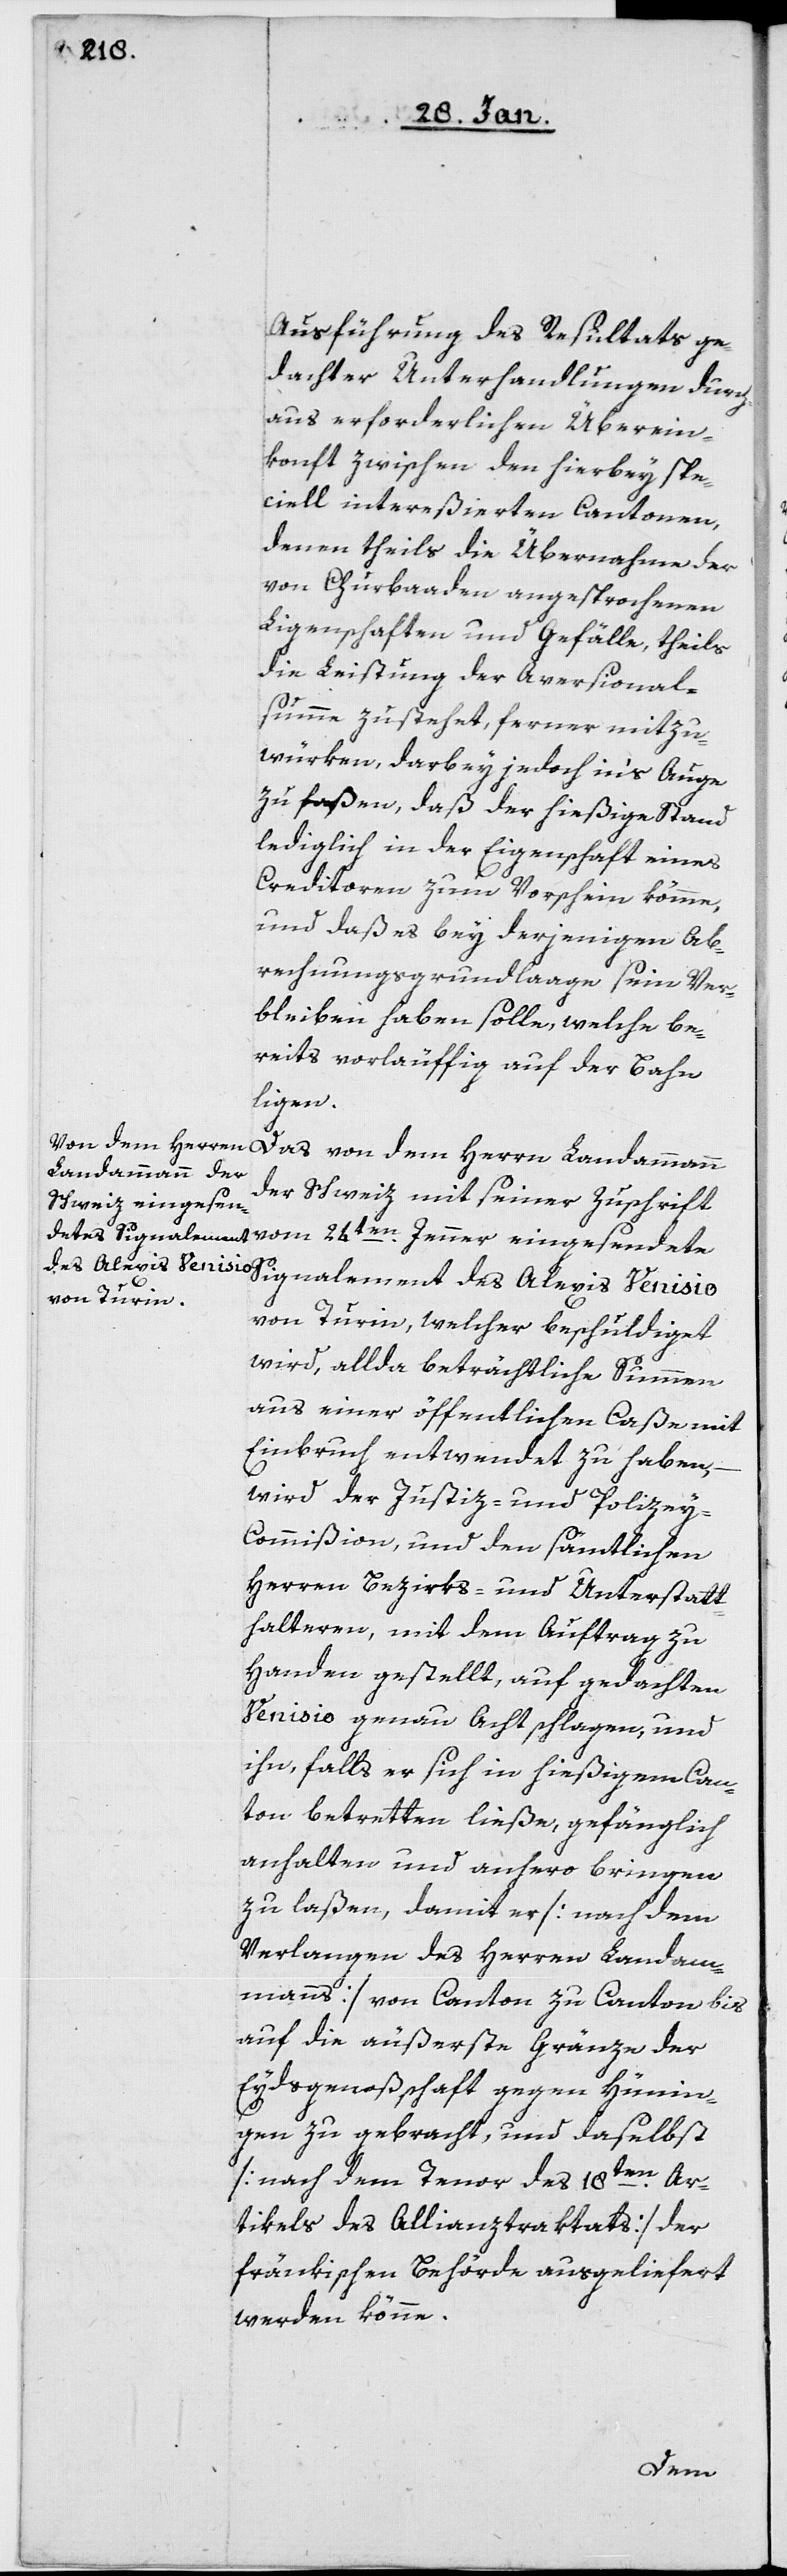
Ausführung des Resultats ge¬
dachter Unterhandlungen durch¬
aus erforderlichen Überein¬
konft zwischen den hierbey spe¬
ciell intereßierten Cantonen,
denen theils die Übernahme der
von Churbaaden angesprochenen
Ligenschaften und Gefälle, theils
die Leistung der Aversional¬
summe zustehet, ferner mitzu¬
würken, darbey jedoch in’s Auge
zu faßen, daß der hießige Stand
lediglich in der Eigenschaft eines
Creditoren zum Vorschein kömme,
und daß es bey derjenigen Ab¬
rechnungsgrundlage sein Ver¬
bleiben haben solle, welche be¬
reits vorläuffig auf der Bahn
ligen.
Das von dem Herrn Landammann
der Schweiz mit seiner Zuschrift
Signalement des Alexis Venisio
von Turin, welcher beschuldiget
wird, allda beträchtliche Summen
aus einer öffentlichen Caße mit
Einbruch entwendet zu haben,
wird der Justiz- und Polize¬
y-Commißion, und den sämtlichen
Herren Bezirks- und Unterstatt¬
halteren, mit dem Auftrag zu
Handen gestellt, auf gedachten
Venisio genau Acht schlagen, und
ihn, falls er sich in hießigem Can¬
ton betretten ließe, gefänglich
anhalten und anhero bringen
zu laßen, damit er [nach dem
Verlangen des Herrn Landam¬
manns] von Canton zu Canton bis
auf die äußerste Gränze der
Eydsgenoßenschaft gegen Hünin¬
gen zu gebracht, und daselbst
[nach dem Tenor des 18ten. Ar¬
tikels des Allianztraktats] der
fränkischen Behörde ausgeliefert
werden könne.
24ten.